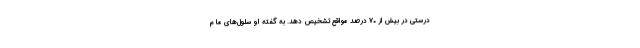
درستی در بیش از ۷۰ درصد مواقع تشخیص دهد. به گفته او سلول‌های ما م